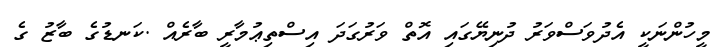
މީހުންނަކީ އެދުވަސްވަރު ދުނިޔޭގައި އޮތް ވަރުގަދަ އިސްތިޢުމާރީ ބާރެއް .ކަނޑުގެ ބާޒު ގެ